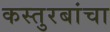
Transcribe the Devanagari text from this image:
कस्तुरबांचा